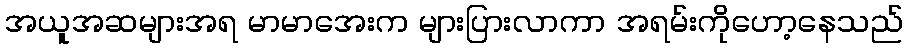
အယူအဆများအရ မာမာအေးက များပြားလာကာ အရမ်းကိုဟော့နေသည်